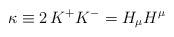
\begin{align*}\kappa \equiv 2\, K^+K^- =H_{\mu}H^{\mu}\end{align*}